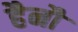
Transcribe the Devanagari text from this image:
हैनौ